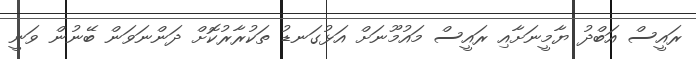
ރައީސް އަބްދު ޔާމީނަށާއި ރައީސް މައުމޫނަށް އަޅުގަނޑު ތަކުރާރުކޮށް ދަންނަވަން ބޭނުން ވަނީ